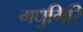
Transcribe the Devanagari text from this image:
मधुगिरि